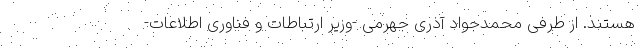
هستند. از طرفی محمدجواد آذری جهرمی -وزیر ارتباطات و فناوری اطلاعات-